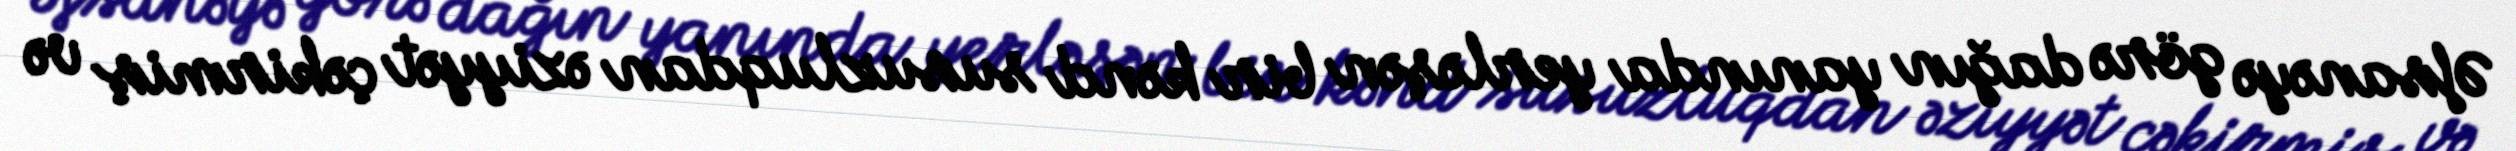
Əfsanəyə görə dağın yanında yerləşən bir kənd susuzluqdan əziyyət çəkirmiş və